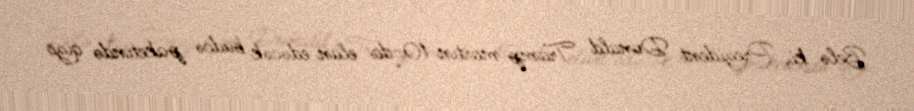
Belə ki, Prezident Donald Tramp martın 10-da elan edəcək büdcə paketində qızı